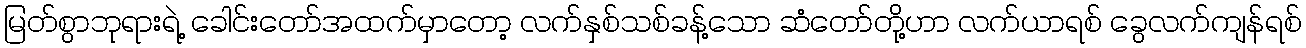
မြတ်စွာဘုရားရဲ့ ခေါင်းတော်အထက်မှာတော့ လက်နှစ်သစ်ခန့်သော ဆံတော်တို့ဟာ လက်ယာရစ် ခွေလက်ကျန်ရစ်